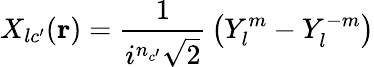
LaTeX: X_{lc^{\prime}}(\mathbf{r})={\frac{1}{i^{n_{c^{\prime}}}{\sqrt{2}}}}\left(Y_{l}^{m}-Y_{l}^{-m}\right)